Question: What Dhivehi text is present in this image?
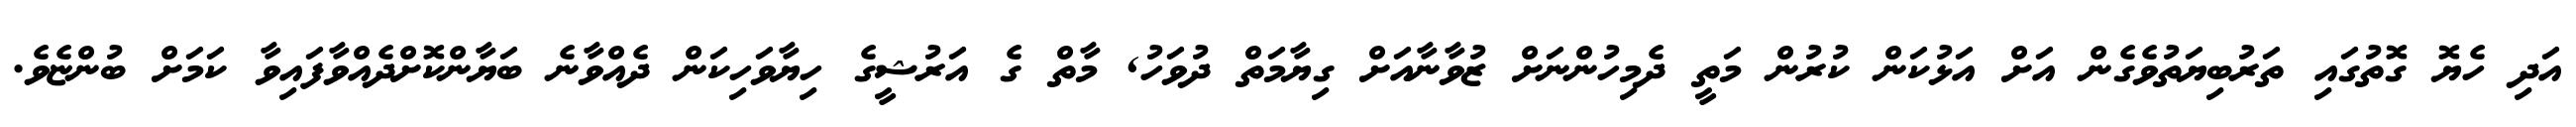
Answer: އަދި ހެޔޮ ގޮތުގައި ތަރުބިޔަތުވެގެން އަށް އަޅުކަން ކުރުން މަތީ ދެމިހުންނަށް ޒުވާނާއަށް ގިޔާމަތް ދުވަހު, މާތް ގެ އަރުޝީގެ ހިޔާވަހިކަން ދެއްވާނެ ބަޔާންކޮށްދެއްވާފައިވާ ކަމަށް ބުންޏެވެ.